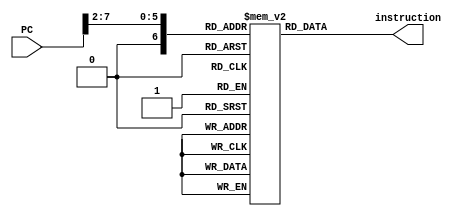
module Inst_Mem(
    input [7:0] PC,
    output [31:0] instruction
);

reg [31:0] Instruction_Memory [0:127];

// Instruction Fetch
assign instruction = Instruction_Memory[PC>>>2];

endmodule